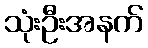
သုံးဦးအနက်